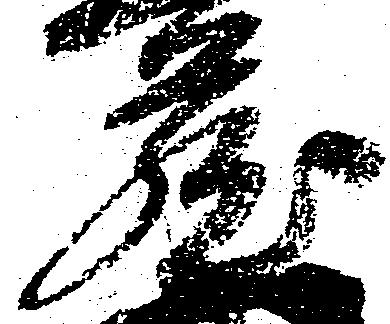
蔵